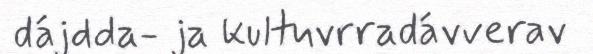
dájdda- ja kultuvrradávverav